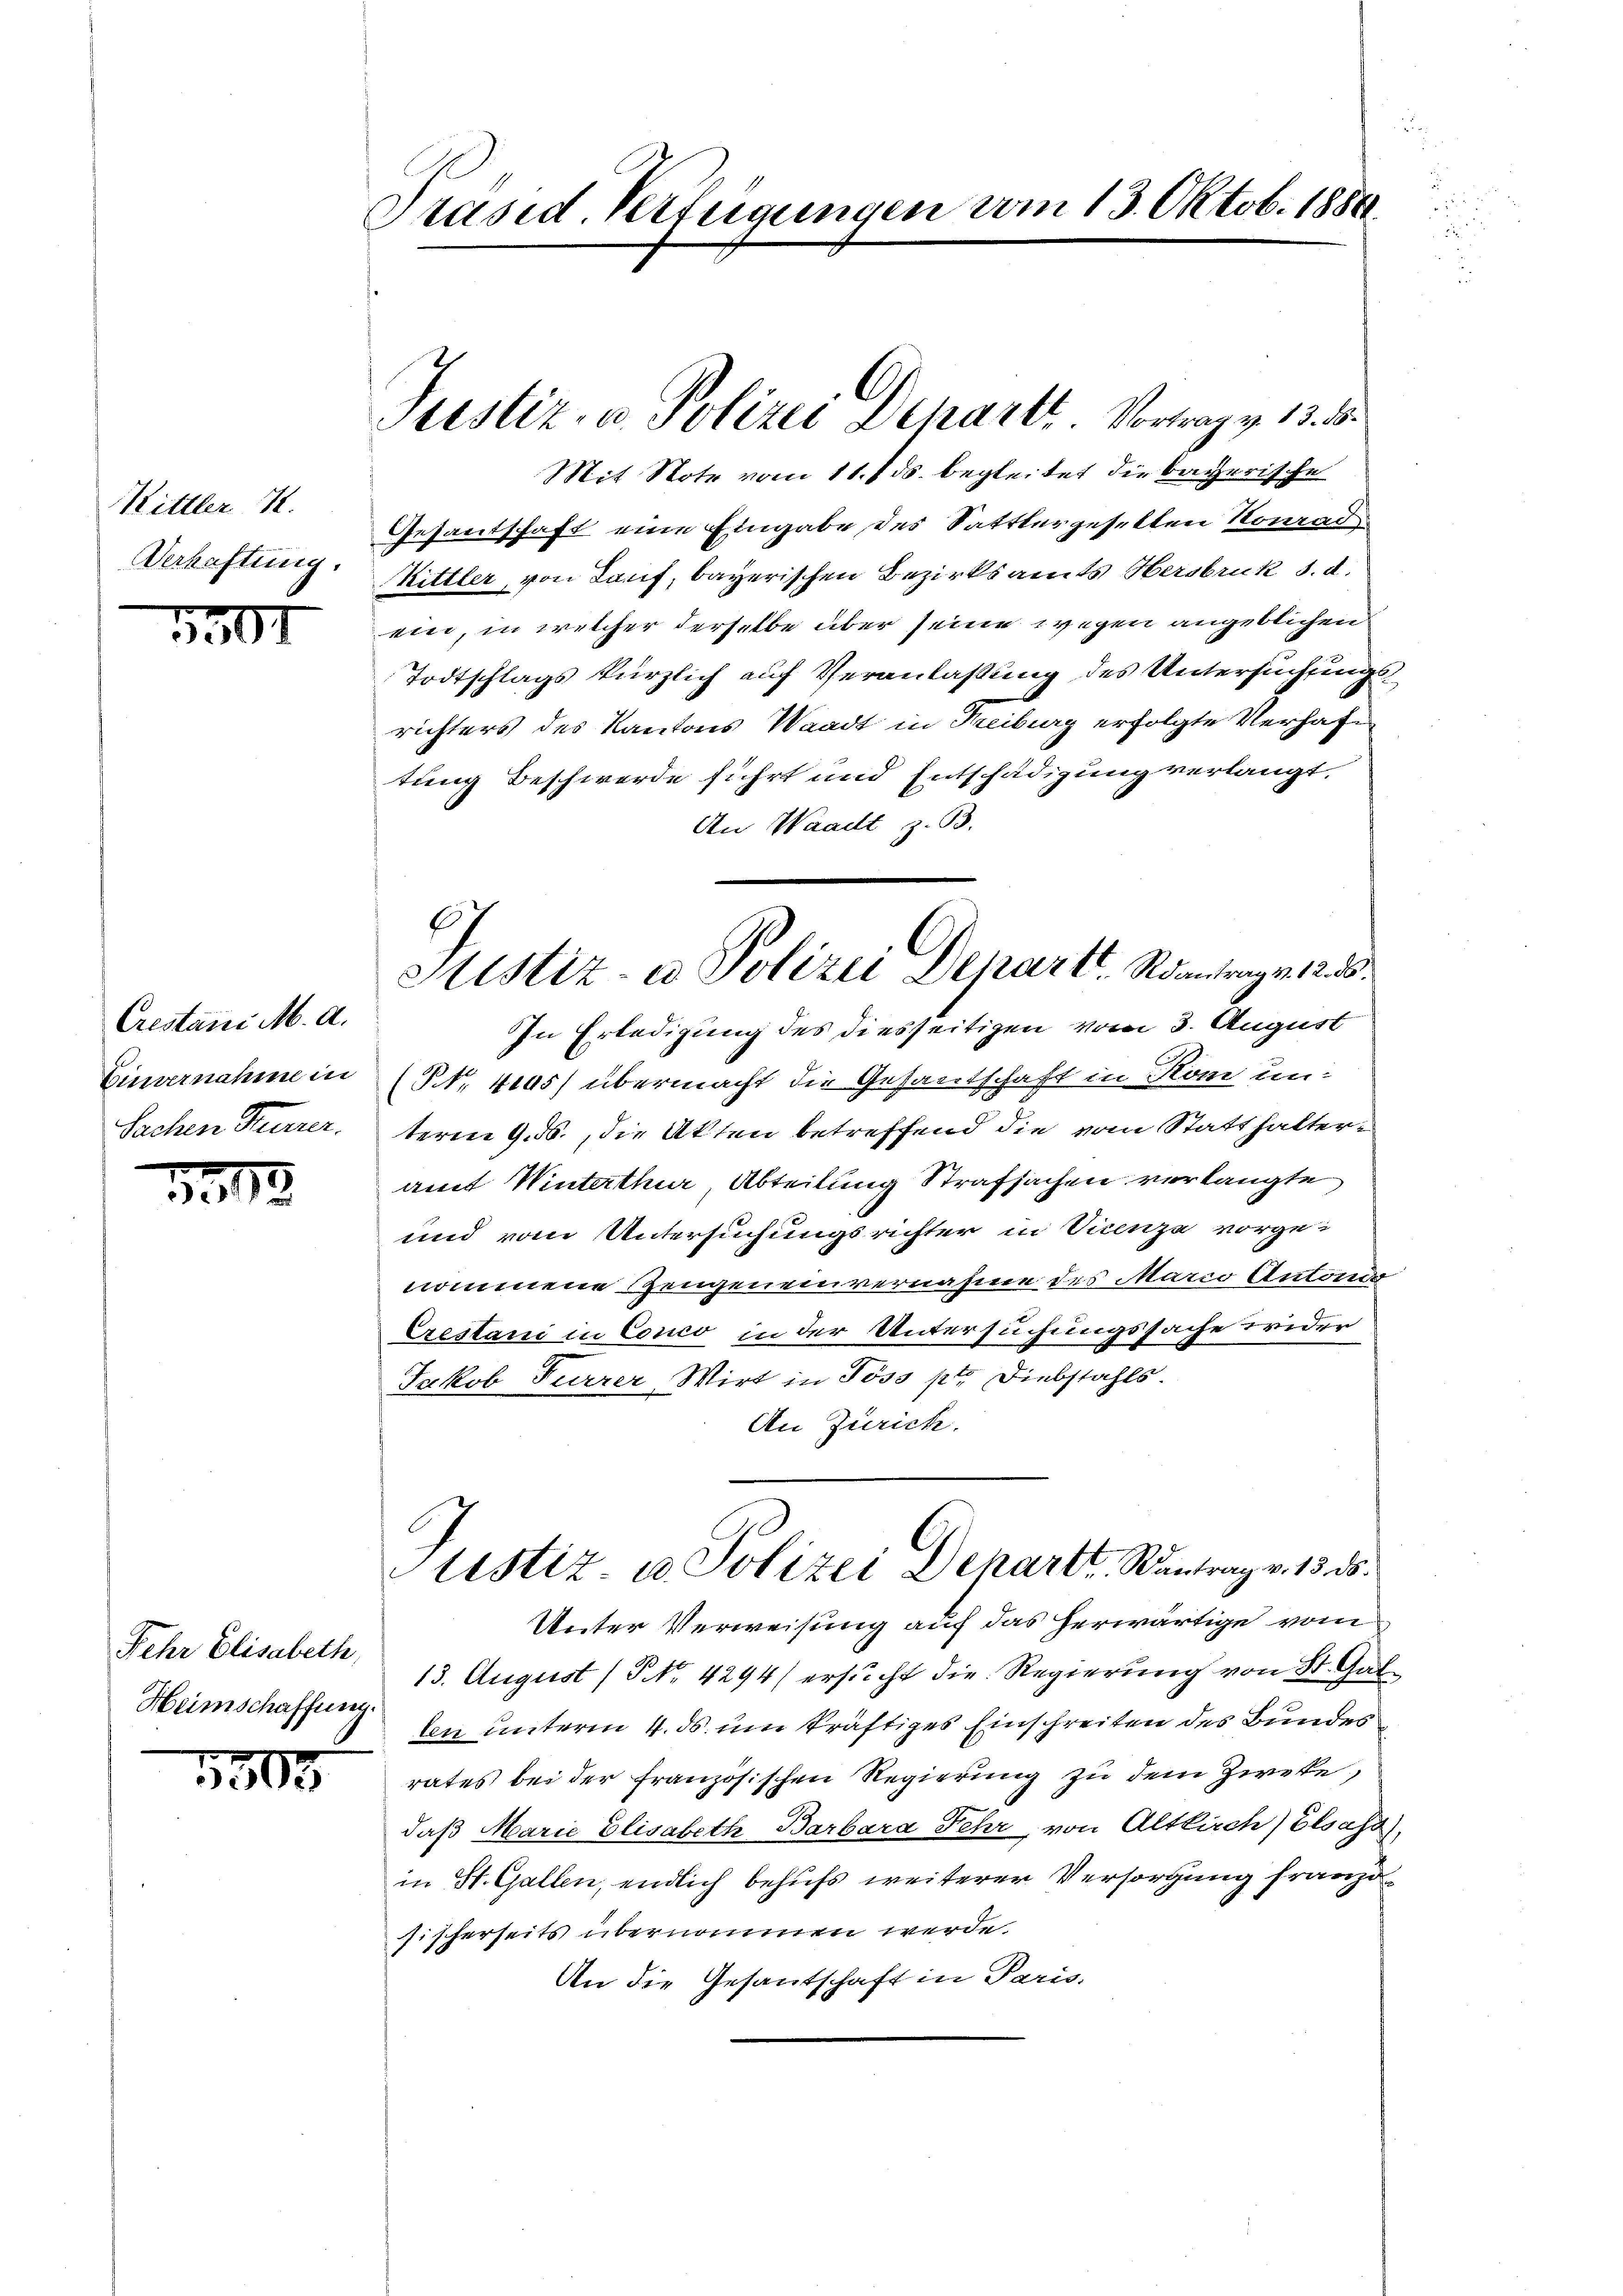
Kittler 7.
Verhaftung.

5307

Crestani M. A.
Einvernahme in
Sachen Steuerer.

1313.

Fehr Elisabeth,
Heimschaffung.

3503

Präsid. Verfügungen vom 13. Oktob. 1886.

C.
Justiz- u. Polizei Schart Vortrag v. 13. 55.

Mit Note vom 11. 1. ds. begleitet die bayerische
Gesantschaft eine Eingabe des Sattlergesellen Konrad
Kittler, von Lauf, bayerischen Bezirksamts Nersbruk d. d.
ein, in welcher derselbe über seine wegen angeblichen
Todtschlags kürzlich auf Veranlaßung des Untersuchungsrichters des Kantons Waadt in Freiburg erfolgte Verhaftung Beschwerde führt und Entschädigung verlangt.
An Waadt z. B.
In Erledigung des diesseitigen vom 3. August
(Nr. 4105) übermacht die Gesantschaft in Kom un-
term 9. ds., die Akten betreffend die vom Statthalter-
amt Winterthur Abteilung Strafsachen verlangte
und vom Untersuchungsrichter in Vinze vorge-
nommene Zeugeneinvernahme des Marco Antonio
Crestani in Conco in der Untersuchungssache Triden
Jakob Furrer Wirt in Pöss ptr. Diebstahls.
An Zürich.
tistiz u. Polizei Depart antrag v. 13. ds.
Unter Verweisung auf das herwärtige vom
13. August (NNo. 4294) ersucht die Regierung von St. Gat
len unterm 4. ds. um kräftiges Einschreiten des Bundes
rates bei der französischen Regierung zu dem Zweke,
daß Marie Elisabeth Barbara Fehr von Altkirch) Elsass,
in St. Gallen, endlich behufs weiterer Versorgung franzo
scherseits übernommen werde.
.
An die Gesantschaft in Paris.

27
Sistiz- u Polizei Depart Rantrag v. 1285.